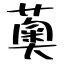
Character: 薁